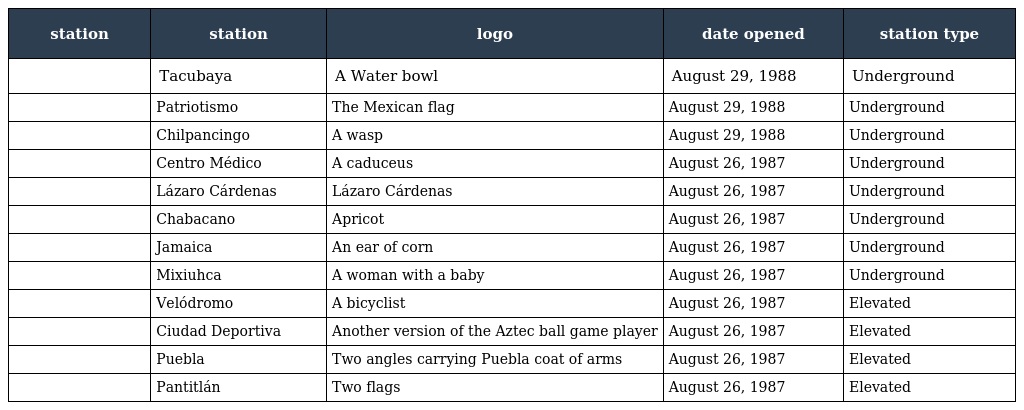
| station | station | logo | date opened | station type |
 | --- | --- | --- | --- | --- |
 |  | Tacubaya | A Water bowl | August 29, 1988 | Underground |
 |  | Patriotismo | The Mexican flag | August 29, 1988 | Underground |
 |  | Chilpancingo | A wasp | August 29, 1988 | Underground |
 |  | Centro Médico | A caduceus | August 26, 1987 | Underground |
 |  | Lázaro Cárdenas | Lázaro Cárdenas | August 26, 1987 | Underground |
 |  | Chabacano | Apricot | August 26, 1987 | Underground |
 |  | Jamaica | An ear of corn | August 26, 1987 | Underground |
 |  | Mixiuhca | A woman with a baby | August 26, 1987 | Underground |
 |  | Velódromo | A bicyclist | August 26, 1987 | Elevated |
 |  | Ciudad Deportiva | Another version of the Aztec ball game player | August 26, 1987 | Elevated |
 |  | Puebla | Two angles carrying Puebla coat of arms | August 26, 1987 | Elevated |
 |  | Pantitlán | Two flags | August 26, 1987 | Elevated |